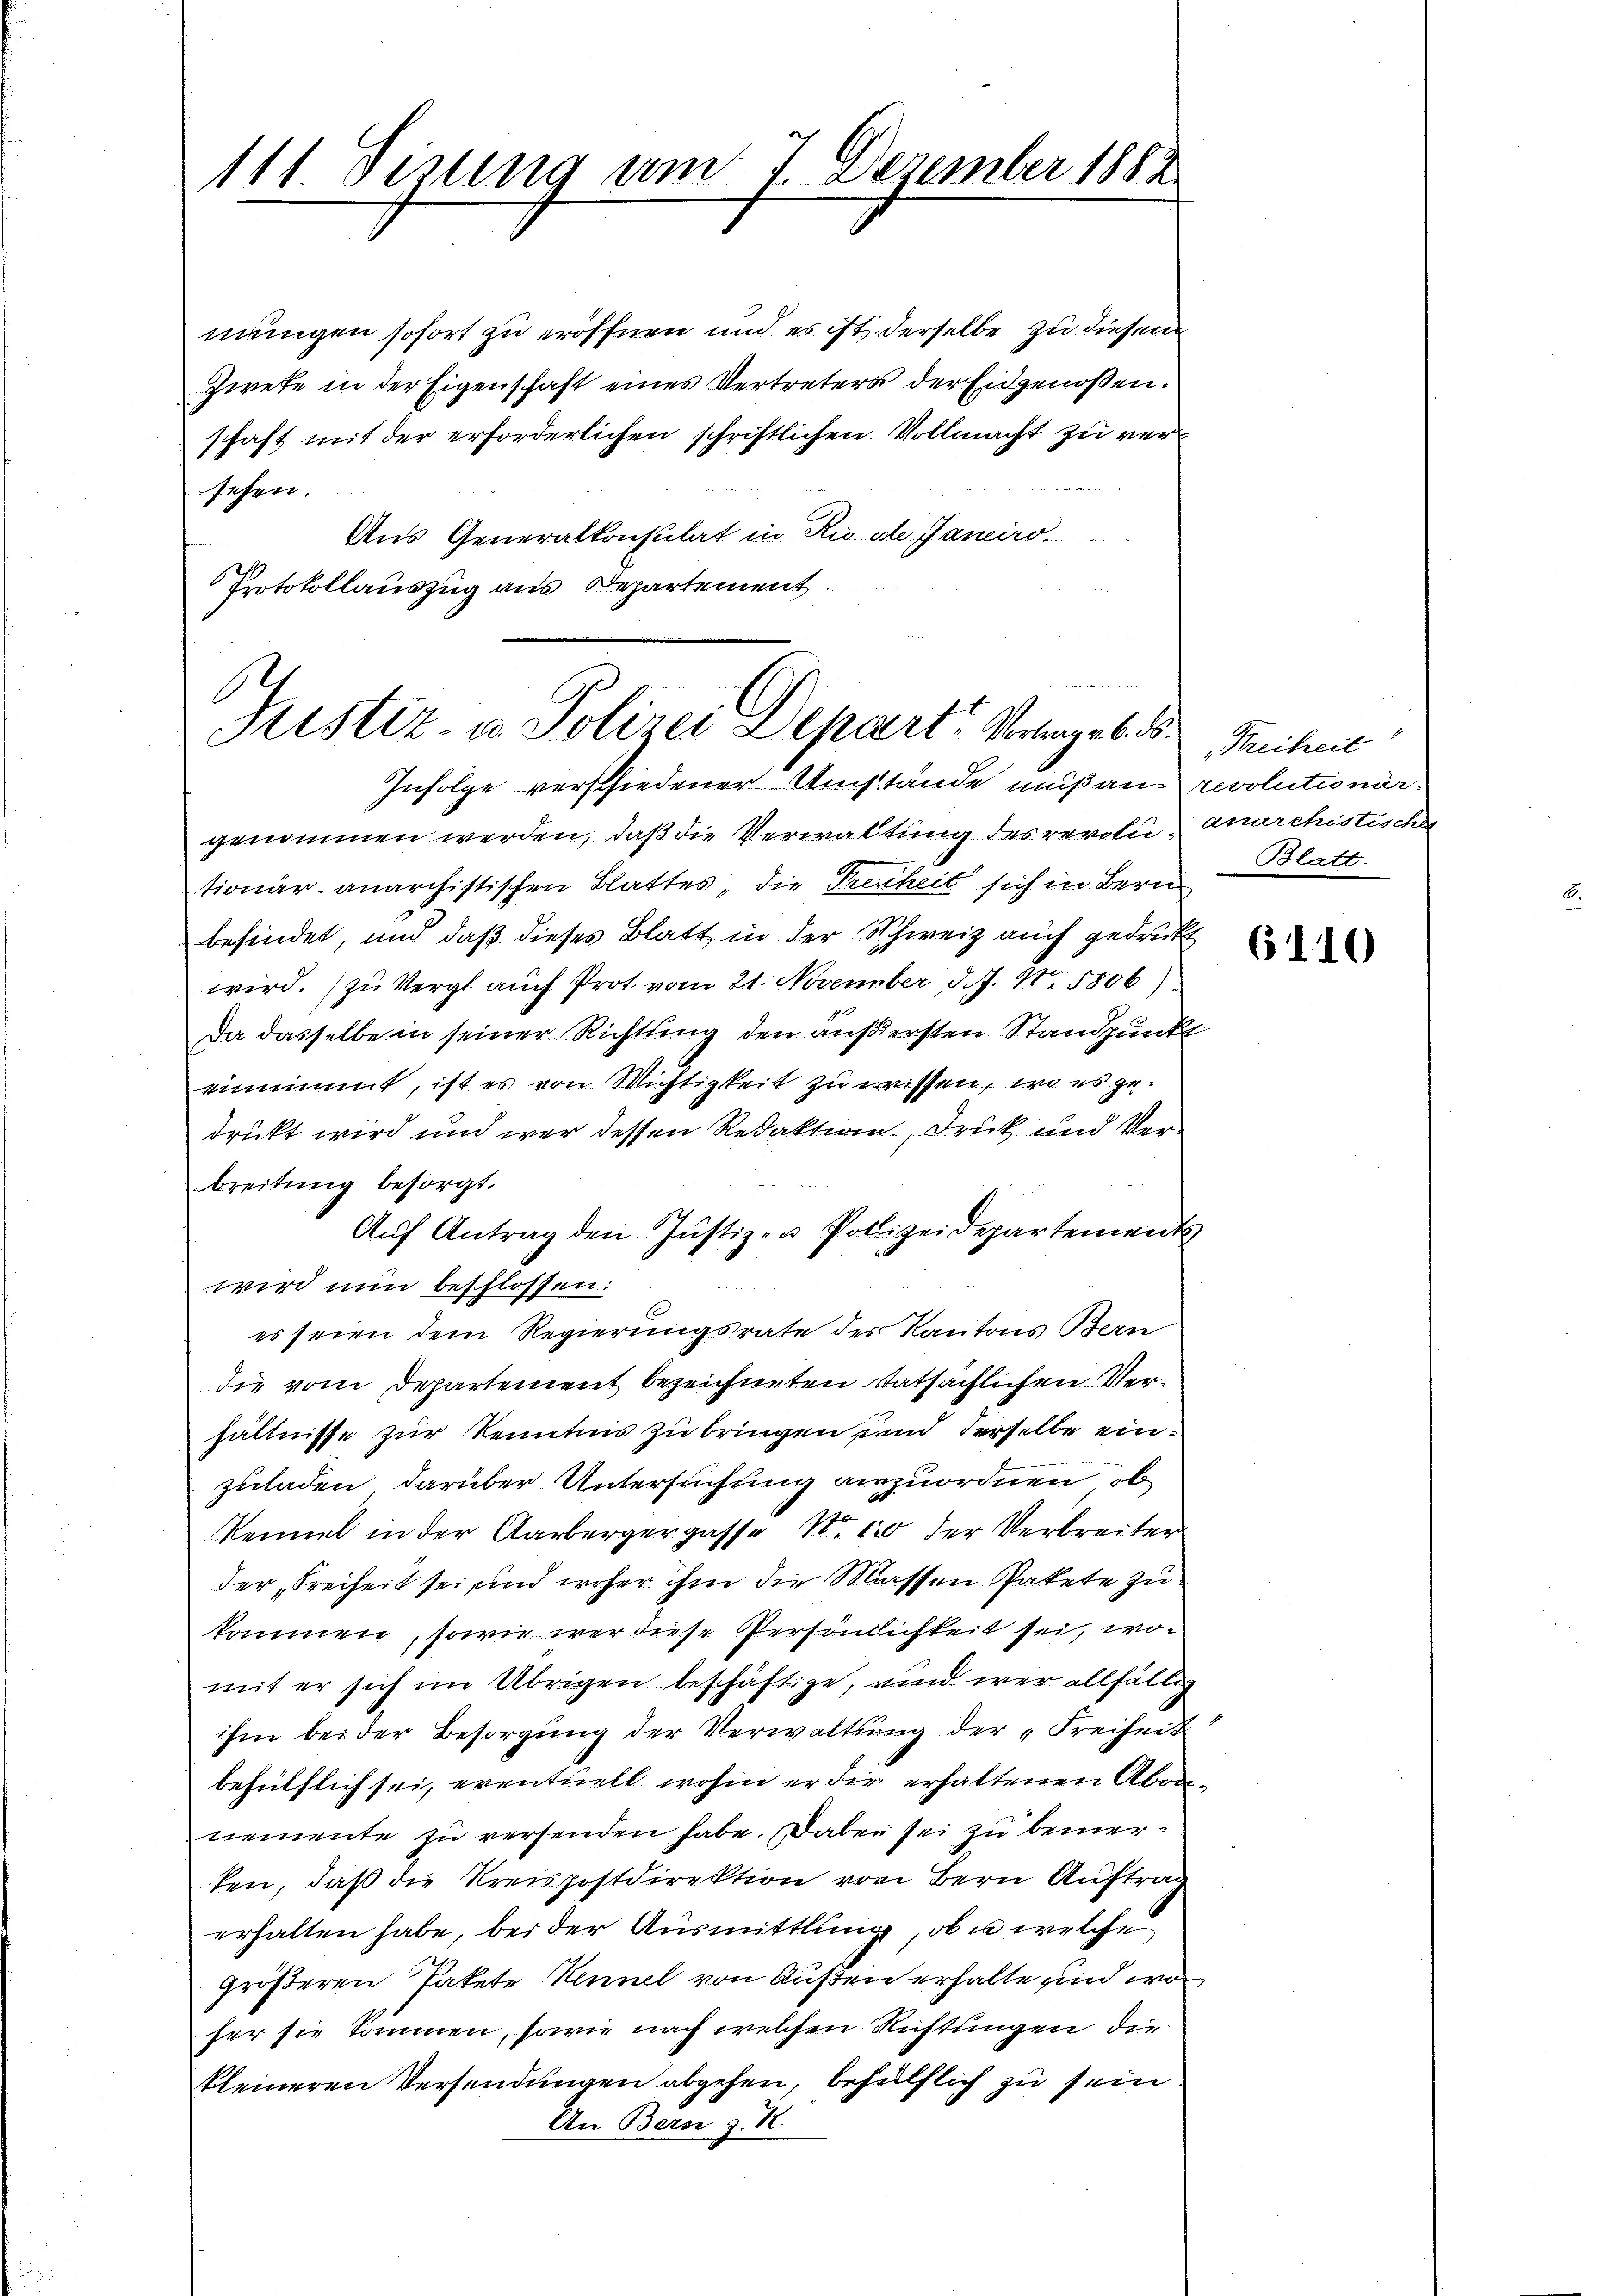
111 Sizung am 7. Dezember 1882

mungen sofort zu eröffnen und es ist derselbe zu diesem
Zwete in der Eigenschaft eines Vertreters der Eidgenossen.
schaft mit der erforderlichen schriftlichen Vollmacht zu versehen.
Aus Generalkonsulat in Rio de Janeiro
Protokollauszug aus Departement

.
Fristiz- u. Polizei Depart. Vortrage b. d.

Freiheit
Blatt.

Infolge verschiedener Umstände muß an revolutionär
genommen werden, daß die Verwaltung des revoli anarchistischen
tionär anarchistischen Blattes, die Treuheit sich in Bern
befindet, und daß dieses Blatt in der Schweiz auch gedruckt
wird. (zu Vergl auch Prot. vom 21. November d. J. N. 5806)
Da dasselbe in seiner Richtung den äußersten Standpunkt
einnimmt, ist es von Michtigkeit zu wissen, wo es gedruckt wird und wer dessen Redaktion, Druk und Verbreitung besorgt.
Aŭf Antrag den Justizen Polizeidepartements
wird nun beschlossen:
es seien dem Regierungsrate des Kantons Bern
die vom Departement bezeichneten statsächlichen Verhältnisse zur Kenntnis zu bringen, und derselbe einzuladen, darüber Untersuchung anzuordnen, ob
Rennet in der Aarbergergasse Nr. 10. der Verbreiter
der „Freiheit sei und woher ihm die Massen Pakete zu
kommen, sowie wer diese Persönlichkeit sei, womit er sich im Übrigen beschäftige, und wer allfällig
ihm bei der Besorgung der Verwaltung der „Freiheit
behülflich sei, eventuell wohin er die erhaltenen Abonnemente zu versenden habe. Dabei sei zu bemerken, daß die Kreispostdirektion von Bern Auftrag
erhalten habe, bei der Ausmittlung, ob er welche
größeren Pakete Hennel von Küßen erhalte sind wo
fer sie kommen, sowie nach welchen Richtungen die
kleineren Versendungen abgehen, behülflich zu sein
An Bern z. B.

6110